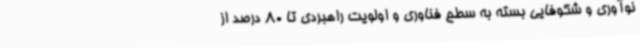
نوآوری و شکوفایی بسته به سطح فناوری و اولویت راهبردی تا 80 درصد از